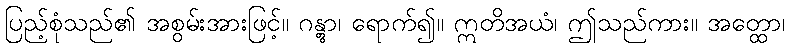
ပြည့်စုံသည်၏ အစွမ်းအားဖြင့်။ ဂန္တွာ၊ ရောက်၍။ ဣတိအယံ၊ ဤသည်ကား။ အတ္ထော၊